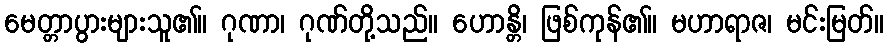
မေတ္တာပွားများသူ၏။ ဂုဏာ၊ ဂုဏ်တို့သည်။ ဟောန္တိ၊ ဖြစ်ကုန်၏။ မဟာရာဇ၊ မင်းမြတ်။